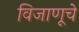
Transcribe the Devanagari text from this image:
विजाणूचे